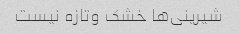
شیرینی‌ها خشک وتازه نیست